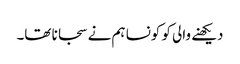
دیکھنے والی کو کونسا ہم نے سجانا تھا۔